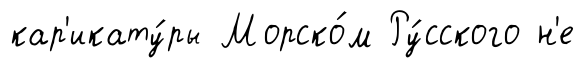
кар'икату́ры Морско́м Ру́сского н'е